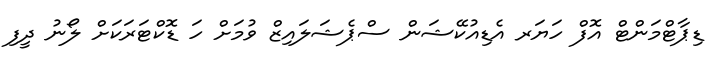
ޑިޕާޓްމަންޓް އޮފް ހަޔަރ އެޑިއުކޭޝަން ސްޕެޝަލައިޒް ވުމަށް ހަ ޑޮކްޓަރަކަށް ލޯނު ދީފި